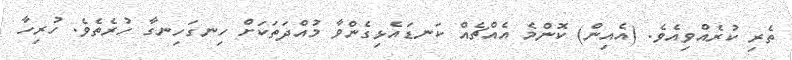
ތެރި ކުރެއްވިއެވެ. (އެއިން) ކޮންމެ އެއްޗެއް ކަނޑައެޅިގެންވާ މުއްދަތަކަށް ހިނގަހިނގާ ހުރެތެވެ. ހުރިހާ